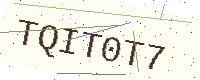
Text: TQIT0T7